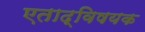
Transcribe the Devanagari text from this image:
एताद्विषयक